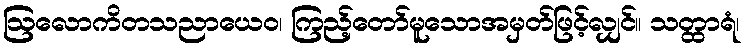
ဩလောကိတသညာယေဝ၊ ကြည့်တော်မူသောအမှတ်ဖြင့်လျှင်။ သတ္ထာရံ၊